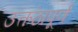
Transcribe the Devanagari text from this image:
उत्कंठापूर्ण